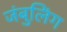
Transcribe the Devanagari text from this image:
जंबुलिंग